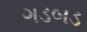
ગડબડ